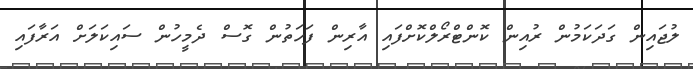
ލުޖައިން ގަދަކަމުން ރުއިން ކޮންޓްރޯލްކޮށްފައި އާރިން ފަހަތުން ގޮސް ދެމީހުން ސައިކަލަށް އަރާފައި